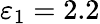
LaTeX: \varepsilon_{1}=2.2